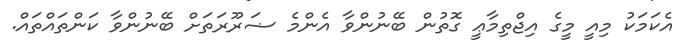
އެކަމަކު މިއީ މީގެ އިޖްތިމާޢީ ގޮތުން ބޭނުންވާ އެންމެ ޟަރޫރަތަށް ބޭނުންވާ ކަންތައްތައް.